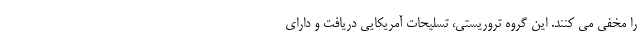
را مخفی می کنند. این گروه تروریستی، تسلیحات آمریکایی دریافت و دارای